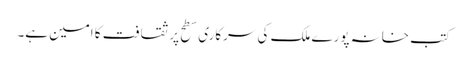
کتب خانہ پورے ملک کی سرکاری سطح پر ثقافت کا امین ہے۔